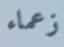
زعماء